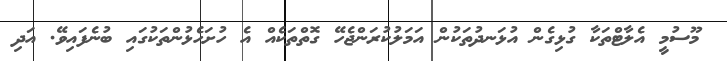
މޫސުމީ އެލާޓްތަކާ ގުޅިގެން އުޅަނދުތަކުން އަމަލުކުރަންޖެހޭ ގޮތްތަކެއް އެ ހުށަހެޅުންތަކުގައި ބުނެފައިވޭ. އަދި